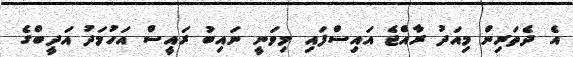
އެ ދެތަރިން މިއަދު ރާއްޖެ އައިސްފައި މިވަނީ ނައިބު ރައީސް އަހުމަދު އަދީބްގެ